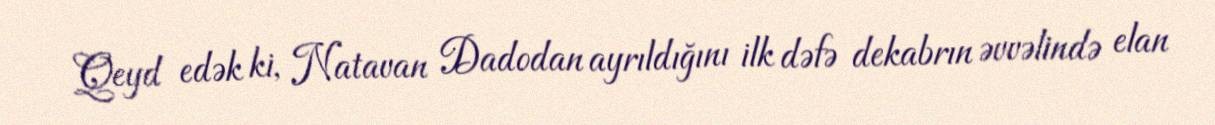
Qeyd edək ki, Natavan Dadodan ayrıldığını ilk dəfə dekabrın əvvəlində elan